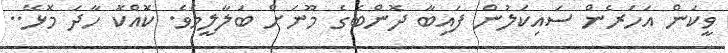
ވީކަން އަހަރެން ސައިކަލުން ފައިބާ ދޮންބެގެ މޫނަށް ބަލާލީމެވެ. ކޮއްކޮ ހާދަ މޮޅޭ..